Civil Veterinary Department. United Provinces 1923-31 - 1923-1931
Year: 1923
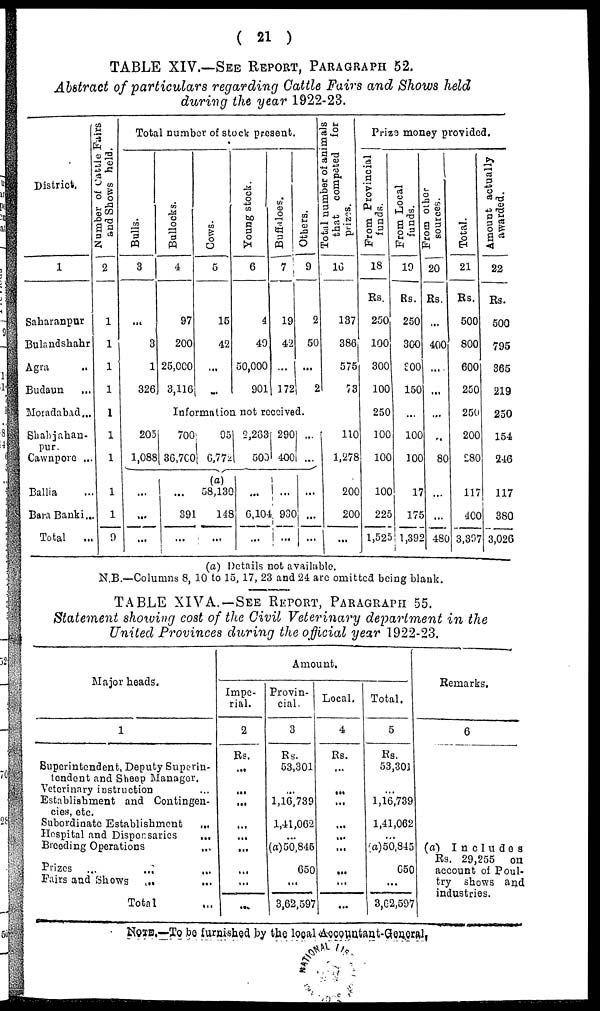
( 21 )
TABLE XIV.—SEE REPORT, PARAGRAPH 52.
Abstract of particulars regarding Cattle Fairs and Shows held
during the year 1922-23.
District.
1
Saharanpur
Bulandshahr
Agra ..
Budaun
...
Motadabad...
Shahjahan
pur.
Cawnpore ..
Ballia ..
Bara Banki ...
Total ...
Number of Cattle Fairs
and Shows held.
2
1
1
1
1
1
1
1
1
1
9
Total number of stock present
Bulls.
3
...
3
1
326
Bullocks.
4
97
200
25,000
3,116
Cows.
5
15
42
...
...
Young stock.
6
4
49
50,000
901
Buffaloes.
7
19
42
...
172
Others.
9
2
50
...
2
Total number of animals
that competed for
prizes.
16
137
386
575
73
Information not received
205
1,088
...
...
...
700
36,700
...
39
...
95
6,772
(a)
58,130
148
...
2,283
500
...
6,104
...
290
400
...
930
...
...
...
...
...
...
110
1,278
200
200
...
Prize money provided.
From Provincial
funds.
18
Rs.
250
100
300
100
250
100
100
100
225
1,525
From Local
funds.
19
Rs.
250
300
300
150
...
100
100
17
175
1,392
From other
sources.
20
Rs.
...
400
...
...
...
...
80
...
...
480
Total.
21
Rs.
500
800
600
250
250
200
280
117
400
3,397
Amount actually
awarded.
22
Rs.
500
795
365
219
250
154
246
117
380
3,026
(a) Details not available.
N.B.—Columns 8, 10 to 15,17, 23 and 24 are omitted being blank.
TABLE XIVA.-SEE REPORT, PARAGRAPH 55.
Statement showing cost of the Civil Veterinary department in the
United Provinces during the official year 1922-23.
Major heads.
1
Superintendent, Deputy Superin-
tendent and Sheep Manager.
Veterinary instruction ...
Establishment and Contingen-
cies, etc.
Subordinate Establishment
...
Hospital and Dispensaries
Breeding Operations
...
Prizes ...
...
...
Fairs and Shows ... ...
Total...
Amount.
Impe-
rial.
2
Rs.
...
...
...
...
...
...
...
...
...
Provin-
cial.
3
Rs.
53,301
...
1,16,739
1,41,062
...
(a) 50,845
650
...
3,62,597
Local.
4
Rs.
...
...
...
...
...
...
...
...
...
Total.
5
Rs.
53,301
1,16,739
1,41,062
(a)50,845
650
...
3,62,597
Remarks.
6
(a)
IncIudes
Rs. 29,255 on
account of Poul-
try shows and
industries.
NOTE.—TO be furnished, by the local Accocountant-General.